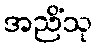
အညိံသု